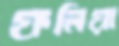
ফলিয়া